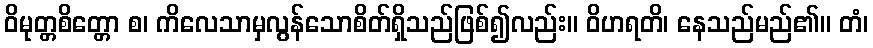
ဝိမုတ္တစိတ္တော စ၊ ကိလေသာမှလွန်သောစိတ်ရှိသည်ဖြစ်၍လည်း။ ဝိဟရတိ၊ နေသည်မည်၏။ တံ၊